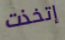
إتخذت